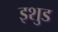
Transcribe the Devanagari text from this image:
इशुड